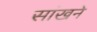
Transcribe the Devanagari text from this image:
सांखने